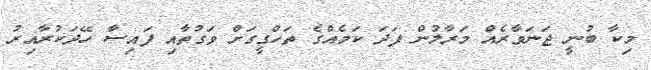
މިކާ ބުނީ ޖަނަވާރެއް މަރާލުން ފަދަ ކަމެއްގެ ތަހްގީގަށް ވަގުތާއި ފައިސާ ހޭދަކުރާއިރު